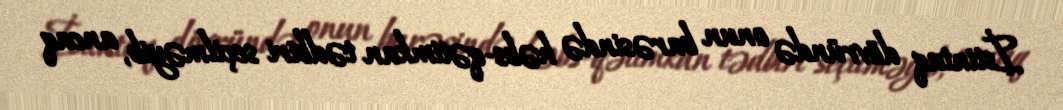
İstintaq dövründə onun barəsində həbs-qətimkan tədbiri seçilməyib, ancaq